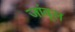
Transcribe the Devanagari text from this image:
जांबूल